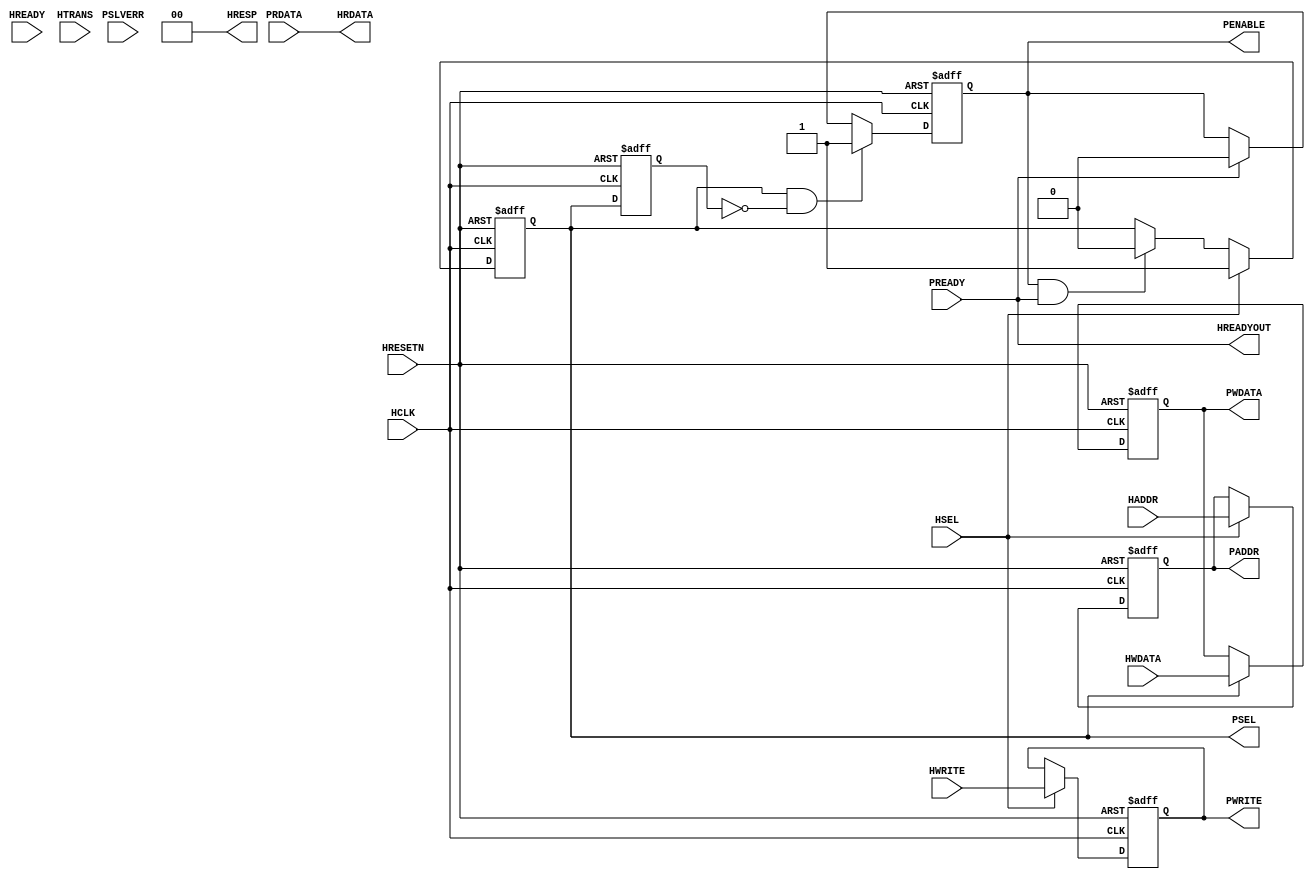
//==============================================================||
// Description: 						||
//	      		AHB2APB				    	|| 
// History:   							||
//                      First version				||
//===============================================================


// ahb2apb
module ahb2apb(
//ahb interface
input  [31:0] HADDR,
input         HCLK,
input         HREADY,
input         HRESETN,
input         HSEL,
input  [1:0]  HTRANS,
input  [31:0] HWDATA,
input         HWRITE,
output [31:0] HRDATA,
output        HREADYOUT,
output [1:0]  HRESP,

//apb interface
input  [31:0] PRDATA,
input         PREADY,
input         PSLVERR,
output        PENABLE,
output        PSEL,
output [31:0] PADDR,
output [31:0] PWDATA,
output        PWRITE
);

reg iPSEL;

always @ (posedge HCLK or negedge HRESETN)
begin
	if(!HRESETN)
	begin
		iPSEL <= 1'b0;
	end
	else
	begin
		if(HSEL)
		begin
			iPSEL <= 1'b1;
		end
		else if(PENABLE && PREADY)
		begin
			iPSEL <= 1'b0;
		end
		
	end
end

reg PSEL_d;
always @ (posedge HCLK or negedge HRESETN)
begin
	if(!HRESETN)
	begin
		PSEL_d <= 1'b0;
	end
	else
	begin
		PSEL_d <= PSEL;
	end
end

wire PSEL_rising = PSEL && !PSEL_d;


reg iPENABLE;
always @ (posedge HCLK or negedge HRESETN)
begin
	if(!HRESETN)
	begin
		iPENABLE <= 1'b0;
	end
	else
	begin
		if(PSEL_rising)
		begin
			iPENABLE <= 1'b1;
		end
		else if(PREADY)
		begin
			iPENABLE <= 1'b0;
		end
	end
end

reg [31:0] iPADDR;
reg [31:0] iPWDATA;
reg        iPWRITE;

always @ (posedge HCLK or negedge HRESETN)
begin
	if(!HRESETN)
	begin
		iPADDR <= 32'h0;
		iPWRITE <= 1'b0;
	end
	else
	begin
		if(HSEL)
		begin
			iPADDR <= HADDR;
			iPWRITE <= HWRITE;
		end
	end
end
always @ (posedge HCLK or negedge HRESETN)
begin
	if(!HRESETN)
	begin
		iPWDATA <= 32'h0;
	end
	else
	begin
		if(PSEL)
		begin
			iPWDATA <= HWDATA;
		end
	end
end


assign PSEL = iPSEL;
assign PENABLE = iPENABLE;
assign PADDR = iPADDR;
assign PWRITE = iPWRITE;
assign PWDATA = iPWDATA;
assign HREADYOUT = PREADY;
assign HRDATA = PRDATA;
assign HRESP = 2'b00;

endmodule